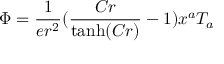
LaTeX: \Phi = \frac { 1 } { e r ^ { 2 } } ( \frac { C r } { \operatorname { t a n h } ( C r ) } - 1 ) x ^ { a } T _ { a }